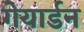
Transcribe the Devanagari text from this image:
गेयार्डन